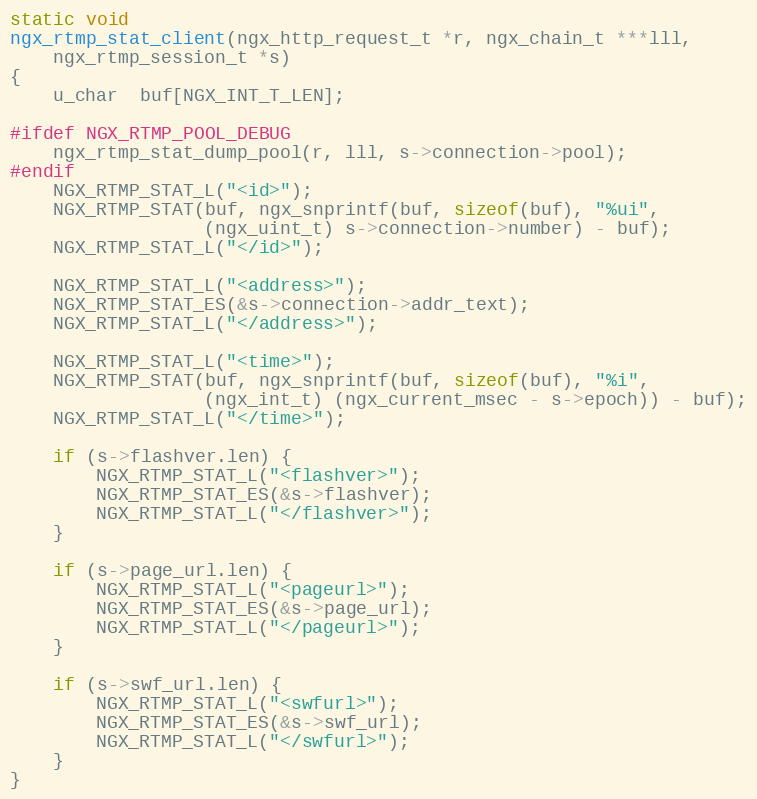
Language: C
static void
ngx_rtmp_stat_client(ngx_http_request_t *r, ngx_chain_t ***lll,
    ngx_rtmp_session_t *s)
{
    u_char  buf[NGX_INT_T_LEN];

#ifdef NGX_RTMP_POOL_DEBUG
    ngx_rtmp_stat_dump_pool(r, lll, s->connection->pool);
#endif
    NGX_RTMP_STAT_L("<id>");
    NGX_RTMP_STAT(buf, ngx_snprintf(buf, sizeof(buf), "%ui",
                  (ngx_uint_t) s->connection->number) - buf);
    NGX_RTMP_STAT_L("</id>");

    NGX_RTMP_STAT_L("<address>");
    NGX_RTMP_STAT_ES(&s->connection->addr_text);
    NGX_RTMP_STAT_L("</address>");

    NGX_RTMP_STAT_L("<time>");
    NGX_RTMP_STAT(buf, ngx_snprintf(buf, sizeof(buf), "%i",
                  (ngx_int_t) (ngx_current_msec - s->epoch)) - buf);
    NGX_RTMP_STAT_L("</time>");

    if (s->flashver.len) {
        NGX_RTMP_STAT_L("<flashver>");
        NGX_RTMP_STAT_ES(&s->flashver);
        NGX_RTMP_STAT_L("</flashver>");
    }

    if (s->page_url.len) {
        NGX_RTMP_STAT_L("<pageurl>");
        NGX_RTMP_STAT_ES(&s->page_url);
        NGX_RTMP_STAT_L("</pageurl>");
    }

    if (s->swf_url.len) {
        NGX_RTMP_STAT_L("<swfurl>");
        NGX_RTMP_STAT_ES(&s->swf_url);
        NGX_RTMP_STAT_L("</swfurl>");
    }
}